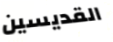
القديسين